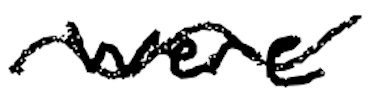
Text: were
Cross-out: wave
Writing tool: digital_black